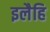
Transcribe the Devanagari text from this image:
इलैहि